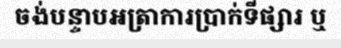
ចង់បន្ទាបអត្រាការប្រាក់ទីផ្សារ ឬ